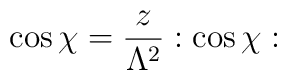
\cos \chi = \frac{z}{\Lambda^2} :\cos \chi: